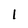
Character: l